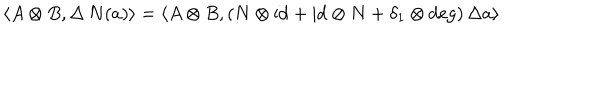
\langle A \otimes B , \Delta \, N ( a ) \rangle = \langle A \otimes B , ( N \otimes \mathrm { i d } + \mathrm { i d } \otimes N + \delta _ { 1 } \otimes \deg ) \, \Delta a \rangle